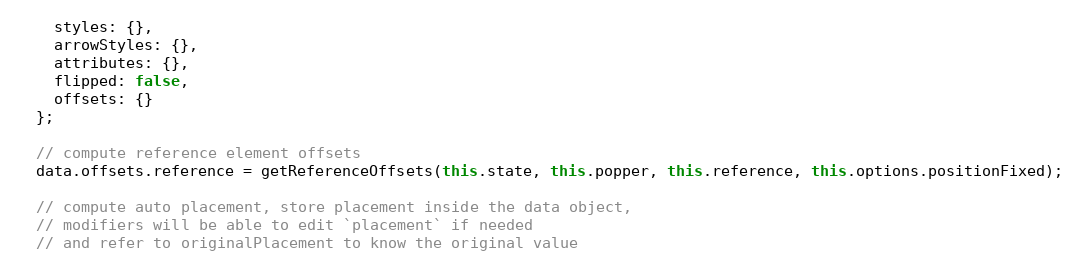
Language: JavaScript
    styles: {},
    arrowStyles: {},
    attributes: {},
    flipped: false,
    offsets: {}
  };

  // compute reference element offsets
  data.offsets.reference = getReferenceOffsets(this.state, this.popper, this.reference, this.options.positionFixed);

  // compute auto placement, store placement inside the data object,
  // modifiers will be able to edit `placement` if needed
  // and refer to originalPlacement to know the original value